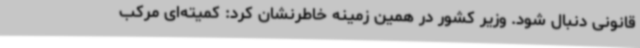
قانونی دنبال شود. وزیر کشور در همین زمینه خاطرنشان کرد: کمیته‌ای مرکب